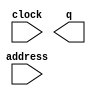
// This program was cloned from: https://github.com/cxdzyq1110/posture_recognition_CNN
// License: GNU General Public License v3.0

// megafunction wizard: %ROM: 1-PORT%VBB%
// GENERATION: STANDARD
// VERSION: WM1.0
// MODULE: altsyncram 

// ============================================================
// Megafunction Name(s):
// 			altsyncram
//
// Simulation Library Files(s):
// 			altera_mf
// ============================================================
// ************************************************************
// THIS IS A WIZARD-GENERATED FILE. DO NOT EDIT THIS FILE!
//
// 14.0.0 Build 200 06/17/2014 SJ Full Version
// ************************************************************

//Copyright (C) 1991-2014 Altera Corporation. All rights reserved.
//Your use of Altera Corporation's design tools, logic functions 
//and other software and tools, and its AMPP partner logic 
//functions, and any output files from any of the foregoing 
//(including device programming or simulation files), and any 
//associated documentation or information are expressly subject 
//to the terms and conditions of the Altera Program License 
//Subscription Agreement, the Altera Quartus II License Agreement,
//the Altera MegaCore Function License Agreement, or other 
//applicable license agreement, including, without limitation, 
//that your use is for the sole purpose of programming logic 
//devices manufactured by Altera and sold by Altera or its 
//authorized distributors.  Please refer to the applicable 
//agreement for further details.

module cordic_int_part_exp_rom_ip (
	address,
	clock,
	q);

	input	[7:0]  address;
	input	  clock;
	output	[31:0]  q;
`ifndef ALTERA_RESERVED_QIS
// synopsys translate_off
`endif
	tri1	  clock;
`ifndef ALTERA_RESERVED_QIS
// synopsys translate_on
`endif

endmodule

// ============================================================
// CNX file retrieval info
// ============================================================
// Retrieval info: PRIVATE: ADDRESSSTALL_A NUMERIC "0"
// Retrieval info: PRIVATE: AclrAddr NUMERIC "0"
// Retrieval info: PRIVATE: AclrByte NUMERIC "0"
// Retrieval info: PRIVATE: AclrOutput NUMERIC "0"
// Retrieval info: PRIVATE: BYTE_ENABLE NUMERIC "0"
// Retrieval info: PRIVATE: BYTE_SIZE NUMERIC "8"
// Retrieval info: PRIVATE: BlankMemory NUMERIC "0"
// Retrieval info: PRIVATE: CLOCK_ENABLE_INPUT_A NUMERIC "0"
// Retrieval info: PRIVATE: CLOCK_ENABLE_OUTPUT_A NUMERIC "0"
// Retrieval info: PRIVATE: Clken NUMERIC "0"
// Retrieval info: PRIVATE: IMPLEMENT_IN_LES NUMERIC "0"
// Retrieval info: PRIVATE: INIT_FILE_LAYOUT STRING "PORT_A"
// Retrieval info: PRIVATE: INIT_TO_SIM_X NUMERIC "0"
// Retrieval info: PRIVATE: INTENDED_DEVICE_FAMILY STRING "Cyclone V"
// Retrieval info: PRIVATE: JTAG_ENABLED NUMERIC "1"
// Retrieval info: PRIVATE: JTAG_ID STRING "expi"
// Retrieval info: PRIVATE: MAXIMUM_DEPTH NUMERIC "0"
// Retrieval info: PRIVATE: MIFfilename STRING "../04_scripts/exp_cordic_int_part.mif"
// Retrieval info: PRIVATE: NUMWORDS_A NUMERIC "256"
// Retrieval info: PRIVATE: RAM_BLOCK_TYPE NUMERIC "0"
// Retrieval info: PRIVATE: RegAddr NUMERIC "1"
// Retrieval info: PRIVATE: RegOutput NUMERIC "1"
// Retrieval info: PRIVATE: SYNTH_WRAPPER_GEN_POSTFIX STRING "0"
// Retrieval info: PRIVATE: SingleClock NUMERIC "1"
// Retrieval info: PRIVATE: UseDQRAM NUMERIC "0"
// Retrieval info: PRIVATE: WidthAddr NUMERIC "8"
// Retrieval info: PRIVATE: WidthData NUMERIC "32"
// Retrieval info: PRIVATE: rden NUMERIC "0"
// Retrieval info: LIBRARY: altera_mf altera_mf.altera_mf_components.all
// Retrieval info: CONSTANT: ADDRESS_ACLR_A STRING "NONE"
// Retrieval info: CONSTANT: CLOCK_ENABLE_INPUT_A STRING "BYPASS"
// Retrieval info: CONSTANT: CLOCK_ENABLE_OUTPUT_A STRING "BYPASS"
// Retrieval info: CONSTANT: INIT_FILE STRING "../04_scripts/exp_cordic_int_part.mif"
// Retrieval info: CONSTANT: INTENDED_DEVICE_FAMILY STRING "Cyclone V"
// Retrieval info: CONSTANT: LPM_HINT STRING "ENABLE_RUNTIME_MOD=YES,INSTANCE_NAME=expi"
// Retrieval info: CONSTANT: LPM_TYPE STRING "altsyncram"
// Retrieval info: CONSTANT: NUMWORDS_A NUMERIC "256"
// Retrieval info: CONSTANT: OPERATION_MODE STRING "ROM"
// Retrieval info: CONSTANT: OUTDATA_ACLR_A STRING "NONE"
// Retrieval info: CONSTANT: OUTDATA_REG_A STRING "CLOCK0"
// Retrieval info: CONSTANT: WIDTHAD_A NUMERIC "8"
// Retrieval info: CONSTANT: WIDTH_A NUMERIC "32"
// Retrieval info: CONSTANT: WIDTH_BYTEENA_A NUMERIC "1"
// Retrieval info: USED_PORT: address 0 0 8 0 INPUT NODEFVAL "address[7..0]"
// Retrieval info: USED_PORT: clock 0 0 0 0 INPUT VCC "clock"
// Retrieval info: USED_PORT: q 0 0 32 0 OUTPUT NODEFVAL "q[31..0]"
// Retrieval info: CONNECT: @address_a 0 0 8 0 address 0 0 8 0
// Retrieval info: CONNECT: @clock0 0 0 0 0 clock 0 0 0 0
// Retrieval info: CONNECT: q 0 0 32 0 @q_a 0 0 32 0
// Retrieval info: GEN_FILE: TYPE_NORMAL cordic_int_part_exp_rom_ip.v TRUE
// Retrieval info: GEN_FILE: TYPE_NORMAL cordic_int_part_exp_rom_ip.inc FALSE
// Retrieval info: GEN_FILE: TYPE_NORMAL cordic_int_part_exp_rom_ip.cmp FALSE
// Retrieval info: GEN_FILE: TYPE_NORMAL cordic_int_part_exp_rom_ip.bsf FALSE
// Retrieval info: GEN_FILE: TYPE_NORMAL cordic_int_part_exp_rom_ip_inst.v FALSE
// Retrieval info: GEN_FILE: TYPE_NORMAL cordic_int_part_exp_rom_ip_bb.v TRUE
// Retrieval info: LIB_FILE: altera_mf